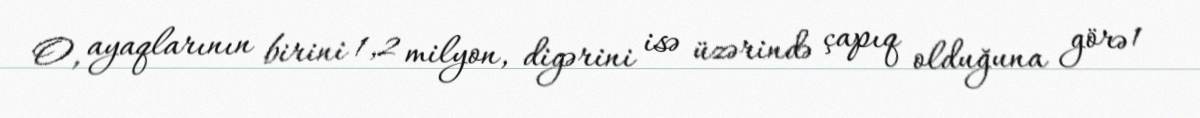
O, ayaqlarının birini 1,2 milyon, digərini isə üzərində çapıq olduğuna görə 1